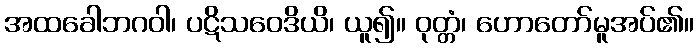
အထခေါဘဂဝါ၊ ပဋိသဝေဒိယိ၊ ယူ၍။ ဝုတ္တံ၊ ဟောတော်မူအပ်၏။